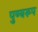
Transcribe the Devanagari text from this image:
पुण्यरूप